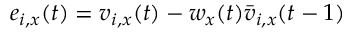
e _ { i , x } ( t ) = v _ { i , x } ( t ) - w _ { x } ( t ) \bar { v } _ { i , x } ( t - 1 )